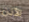
الأذن